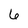
Character: 6